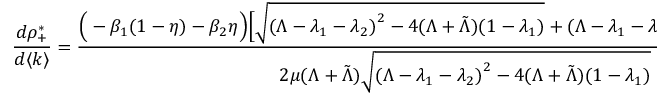
\frac { d \rho _ { + } ^ { * } } { d \langle k \rangle } = \frac { \Big ( - \beta _ { 1 } ( 1 - \eta ) - \beta _ { 2 } \eta \Big ) \Big [ \sqrt { { ( \Lambda - \lambda _ { 1 } - \lambda _ { 2 } ) } ^ { 2 } - 4 ( \Lambda + \tilde { \Lambda } ) ( 1 - \lambda _ { 1 } ) } + ( \Lambda - \lambda _ { 1 } - \lambda _ { 2 } ) \Big ] + 2 ( \Lambda + \Tilde { \Lambda } ) \beta _ { 1 } ( 1 - \eta ) } { 2 \mu ( \Lambda + \Tilde { \Lambda } ) \sqrt { { ( \Lambda - \lambda _ { 1 } - \lambda _ { 2 } ) } ^ { 2 } - 4 ( \Lambda + \tilde { \Lambda } ) ( 1 - \lambda _ { 1 } ) } } .